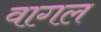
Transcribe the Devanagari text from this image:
वागल